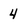
Character: 4